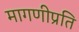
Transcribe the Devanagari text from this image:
मागणीप्रति